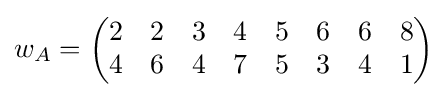
w_{A}={\begin{pmatrix}2&2&3&4&5&6&6&8\\4&6&4&7&5&3&4&1\end{pmatrix}}